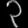
Digit: ၃